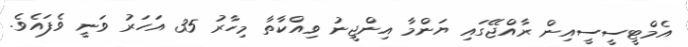
އެމްޓީސީސީއިން ރާއްޖޭގައި ޔަންމާ އިންޖީނު ވިއްކާތާ މިހާރު 35 އަހަރު ވަނީ ވެފައެވެ.